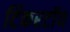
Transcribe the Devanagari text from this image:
टिंकरटॉय